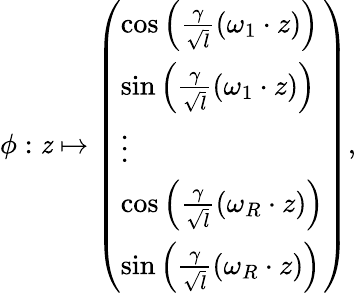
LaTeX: \phi:\mathit{z}\mapsto\left(\begin{array}{l}{\cos\left(\frac{\gamma}{\sqrt{l}}(\omega_{1}\cdot z)\right)}\\ {\sin\left(\frac{\gamma}{\sqrt{l}}(\omega_{1}\cdot z)\right)}\\ {\vdots}\\ {\cos\left(\frac{\gamma}{\sqrt{l}}(\omega_{R}\cdot z)\right)}\\ {\sin\left(\frac{\gamma}{\sqrt{l}}(\omega_{R}\cdot z)\right)}\end{array}\right),